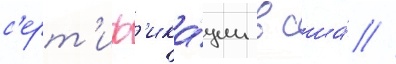
с'ерт'иф'ика́ции в сша́ //